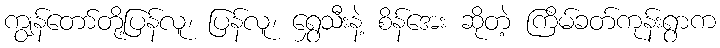
ကျွန်တော်တို့ပြန်လူ၊ ပြန်လူ၊ ရွှေသီးနဲ့ စိန်အေး ဆိုတဲ့ ကြိမ်ခတ်ကုန်းရွာက